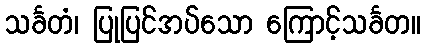
သင်္ခတံ၊ ပြုပြင်အပ်သော ကြောင့်သင်္ခတ။